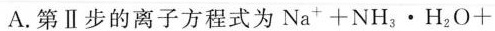
A.第Ⅱ步的离子方程式为$$N a ^ { + } + N H _ { 3 } · H _ { 2 } O +